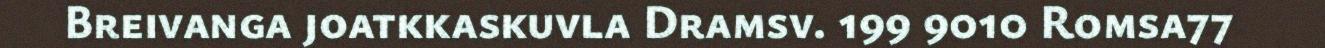
Breivanga joatkkaskuvla Dramsv. 199 9010 Romsa77